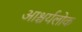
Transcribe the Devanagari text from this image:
आश्चर्यलोक